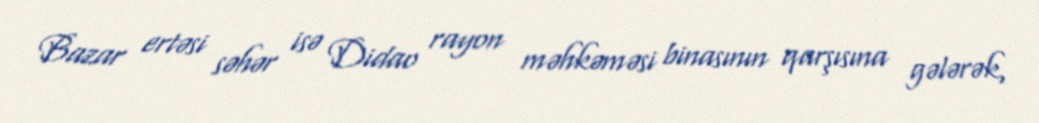
Bazar ertəsi səhər isə Didao rayon məhkəməsi binasının qarşısına gələrək,